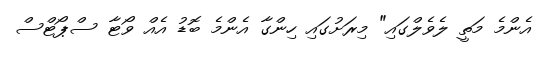
އެންމެ މަތީ ލެވެލްގައި" މިރަށުގައި ހިންގާ އެންމެ ބޮޑު އެއް ވޯޓާ ސްޕޯޓްސް